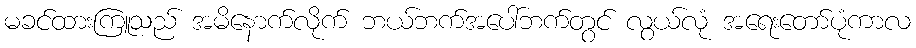
မခင်ထားကြူသည် အမိနောက်လိုက် ဘယ်ဘက်အပေါ်ဘက်တွင် လွယ်လုံ အရေးတော်ပုံကာလ